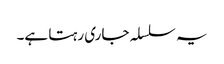
یہ سلسلہ جاری رہتا ہے۔